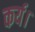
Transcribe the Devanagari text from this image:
कर्य।